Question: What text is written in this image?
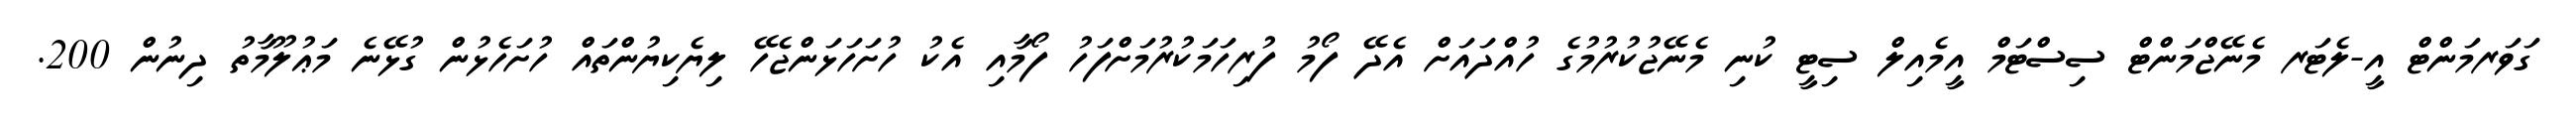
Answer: ގަވަރމަންޓް އީ-ލެޓަރ މެނޭޖްމަންޓް ސިސްޓަމް އީމެއިލް ސިޓީ ކުނި މެނޭޖުކުރުމުގެ ހުއްދައަށް އެދޭ ފޯމު ފުރިހަމަކުރުމަށްފަހު ފޯމާއި އެކު ހުށަހަޅަންޖެހޭ ލިޔެކިޔުންތައް ހުށަހެޅުން ގުޅޭނެ މަޢުލޫމާތު ދިނުން 200.